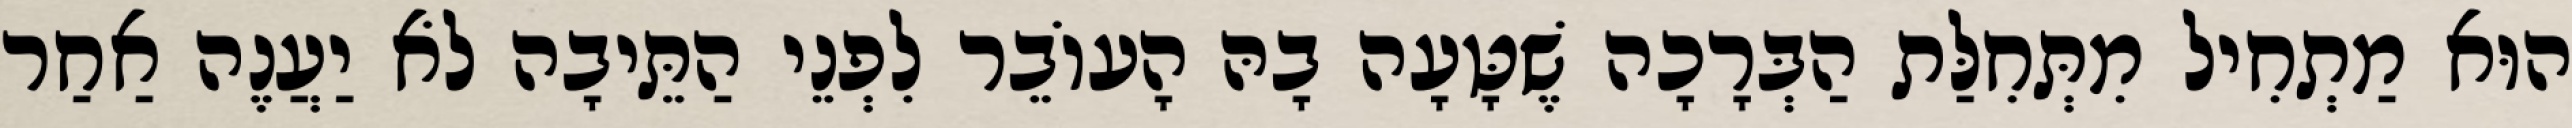
הוּא מַתְחִיל מִתְּחִלַּת הַבְּרָכָה שֶׁטָּעָה בָהּ הָעוֹבֵר לִפְנֵי הַתֵּיבָה לֹא יַעֲנֶה אַחַר